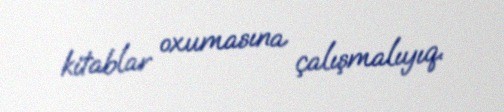
kitablar oxumasına çalışmalıyıq.